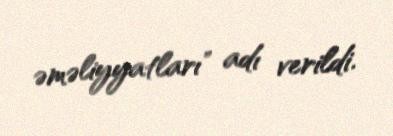
əməliyyatları" adı verildi.